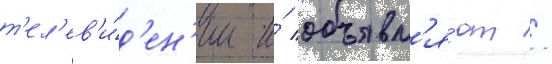
т'ел'ев'и́д'ен'ии и́ объявл'я́ют /